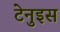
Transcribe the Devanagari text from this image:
टेनुइस